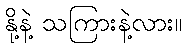
နို့နဲ့ သကြားနဲ့လား။